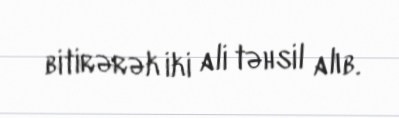
bitirərək iki ali təhsil alıb.